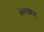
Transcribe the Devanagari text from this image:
फ़लावर